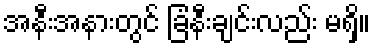
အနီးအနားတွင် ခြံနီးချင်းလည်း မရှိ။